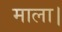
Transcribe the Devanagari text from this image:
माला।